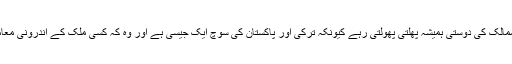
جو یہ ثابت کرتے ہیں کہ ترکی پاکستان کا قابل اعتماد اتحادی دوست ہے ان دوست ممالک کی دوستی ہمیشہ پھلتی پھولتی رہے کیونکہ ترکی اور پاکستان کی سوچ ایک جیسی ہے اور وہ کہ کسی ملک کے اندرونی معاملات میں دخل اندازی نہ کرو اور اپنے ملکی معاملات میں دخل اندازی نہ کرنے دو۔